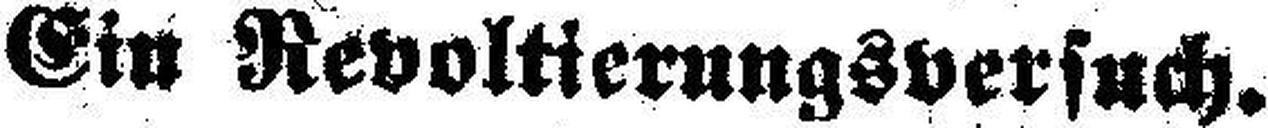
Ein Revoltierungsversuch.